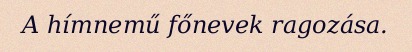
A hímnemű főnevek ragozása.